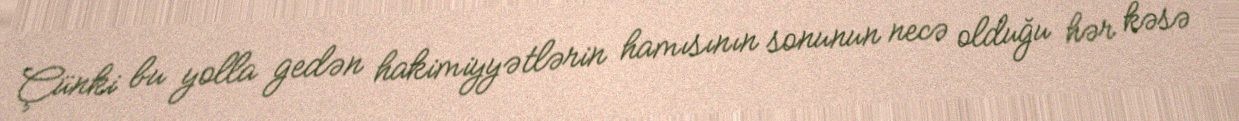
Çünki bu yolla gedən hakimiyyətlərin hamısının sonunun necə olduğu hər kəsə